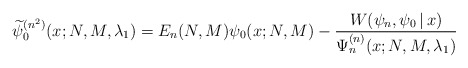
\begin{gather*} \widetilde{\psi }_{0}^{(n^{2})}(x;N,M,\lambda _{1})=E_{n}( N,M) \psi _{0}(x;N,M) -\frac{W(\psi _{n},\psi _{0}\,|\, x)}{ \Psi _{n}^{(n) }(x;N,M,\lambda _{1})}\end{gather*}